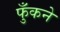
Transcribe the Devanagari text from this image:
फुँकने